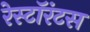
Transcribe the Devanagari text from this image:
रेस्टॉरंटस